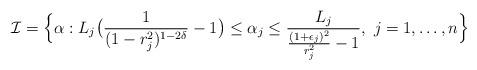
LaTeX: \begin{align*} \mathcal I=\Bigl\{\alpha : L_j\bigl(\frac 1{(1-r_j^2)^{1-2\delta}}-1\bigr)\leq \alpha_j\leq \frac {L_j}{\frac{(1+\epsilon_j)^2}{r_j^2}-1}, \ j=1,\dots, n\Bigr\}\end{align*}